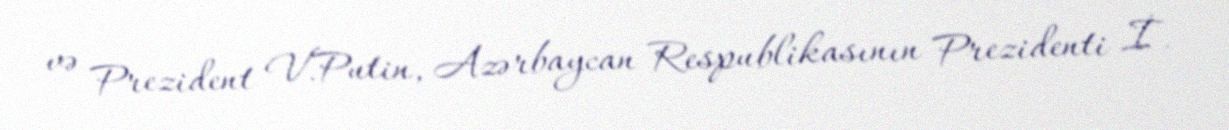
və Prezident V.Putin, Azərbaycan Respublikasının Prezidenti İ.